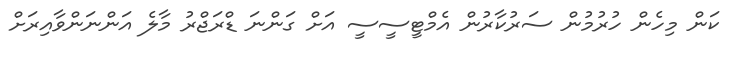
ކަން މިހެން ހުރުމުން ސަރުކާރުން އެމްޓީސީސީ އަށް ގަންނަ ޑްރަޖްރު މާލެ އަންނަންވާއިރަށް